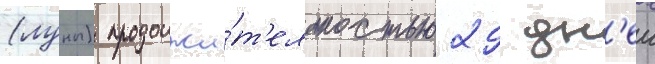
(луны) продолжи́т'ельностью 29 дн'еи